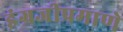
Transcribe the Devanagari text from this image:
इंग्रजीप्रमाणे